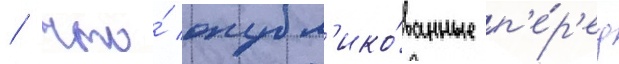
/ что́ опубл'ико́ванные п'е́р'ед